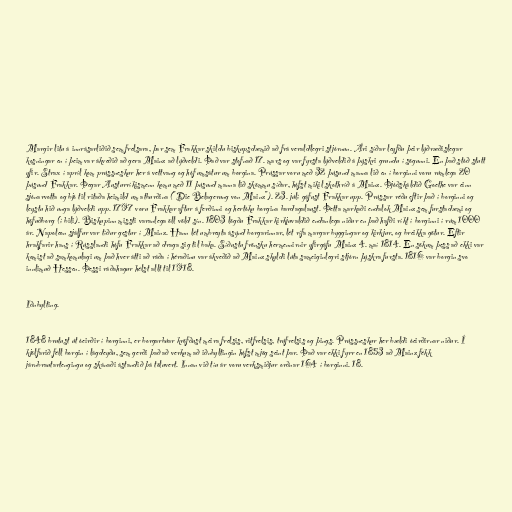
Margir litu á innrásarliðið sem frelsara, þar sem Frakkar skildu biskupsdæmið að frá veraldlegri stjórnun. Ári síðar leyfðu þeir lýðræðislegar
kosningar en í þeim var ákveðið að gera Mainz að lýðveldi. Það var stofnað 17. mars og var fyrsta lýðveldið á þýskri grundu í sögunni. En það stóð stutt
yfir. Strax í apríl kom prússneskur her á vettvang og hóf umsátur um borgina. Prússar voru með 32 þúsund manna lið en í borginni voru rúmlega 20
þúsund Frakkar. Þegar Austurríkismenn komu með 11 þúsund manna lið skömmu síðar, hófst mikil skothríð á Mainz. Þjóðskáldið Goethe var einn
sjónarvotta og bjó til ritaða heimild um atburðina ("Die Belagerung von Mainz"). 23. júlí gáfust Frakkar upp. Prússar réðu eftir það í borginni og
leystu hið unga lýðveldi upp. 1797 voru Frakkar aftur á ferðinni og hertóku borgina bardagalaust. Þetta markaði endalok Mainz sem furstadæmi og
höfuðborg (í bili). Biskupinn missti varanlega öll völd sín. 1803 lögðu Frakkar kirkjuvaldið endanlega niður en það hafði ríkt í borginni í rúm 1000
ár. Napoleon sjálfur var tíður gestur í Mainz. Hann lét umbreyta ásýnd borgarinnar, lét rífa margar byggingar og kirkjur, og breikka götur. Eftir
hrakfarir hans í Rússlandi hófu Frakkar að draga sig til baka. Síðustu frönsku hermennirnir yfirgáfu Mainz 4. maí 1814. En sökum þess að ekki var
komist að samkomulagi um það hver átti að ráða í héraðinu var ákveðið að Mainz skyldi lúta sameiginlegri stjórn þýskra fursta. 1816 var borgin svo
innlimuð Hessen. Þessi ráðahagur hélst allt til 1918.

Iðnbylting.

1848 brutust út óeirðir í borginni, er borgarbúar kröfðust meira frelsis, ritfrelsis, trúfrelsis og þings. Prússneskur her bældi óeirðirnar niður. Í
kjölfarið féll borgin í lágdeyðu, sem gerði það að verkum að iðnbyltingin hófst mjög seint þar. Það var ekki fyrr en 1853 að Mainz fékk
járnbrautartengingu og skánaði ástandið þá töluvert. Innan við tíu ár voru verksmiðjur orðnar 164 í borginni. 18.